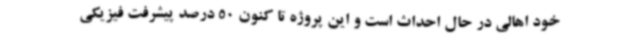
خود اهالی در حال احداث است و این پروژه تا کنون 50 درصد پیشرفت فیزیکی